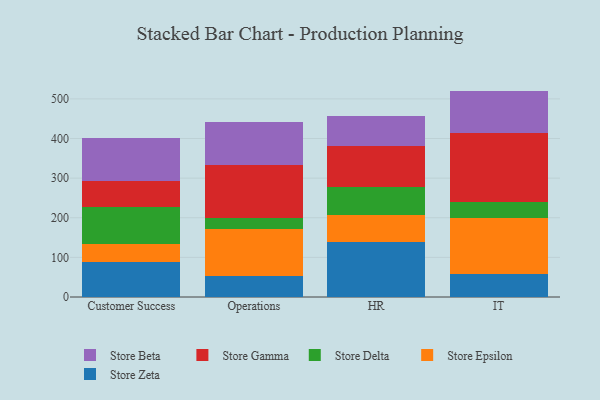
{"axis": {"x": "Department", "y": "Demand Index"}, "legend": ["Store Beta", "Store Delta", "Store Epsilon", "Store Gamma", "Store Zeta"], "data": [{"x": "Customer Success", "y": 88.4, "type": "Store Zeta"}, {"x": "Customer Success", "y": 45.8, "type": "Store Epsilon"}, {"x": "Customer Success", "y": 94.1, "type": "Store Delta"}, {"x": "Customer Success", "y": 64.9, "type": "Store Gamma"}, {"x": "Customer Success", "y": 107.2, "type": "Store Beta"}, {"x": "Operations", "y": 52.6, "type": "Store Zeta"}, {"x": "Operations", "y": 118.3, "type": "Store Epsilon"}, {"x": "Operations", "y": 28.5, "type": "Store Delta"}, {"x": "Operations", "y": 133.1, "type": "Store Gamma"}, {"x": "Operations", "y": 110.2, "type": "Store Beta"}, {"x": "HR", "y": 137.7, "type": "Store Zeta"}, {"x": "HR", "y": 70.2, "type": "Store Epsilon"}, {"x": "HR", "y": 69.7, "type": "Store Delta"}, {"x": "HR", "y": 104.1, "type": "Store Gamma"}, {"x": "HR", "y": 75.3, "type": "Store Beta"}, {"x": "IT", "y": 58.0, "type": "Store Zeta"}, {"x": "IT", "y": 140.5, "type": "Store Epsilon"}, {"x": "IT", "y": 41.6, "type": "Store Delta"}, {"x": "IT", "y": 172.9, "type": "Store Gamma"}, {"x": "IT", "y": 107.3, "type": "Store Beta"}]}